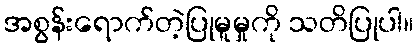
အစွန်းရောက်တဲ့ပြုမူမှုကို သတိပြုပါ။